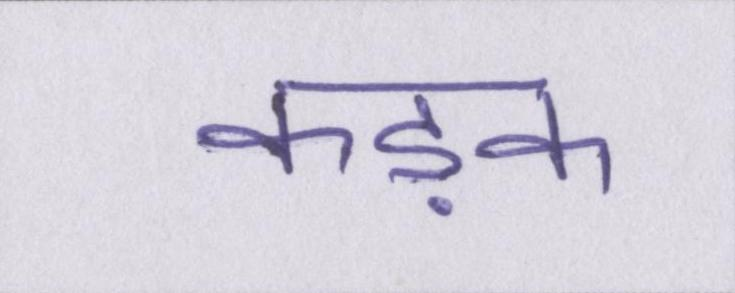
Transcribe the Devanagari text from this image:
कड़क